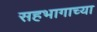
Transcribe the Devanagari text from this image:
सहभागाच्या